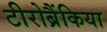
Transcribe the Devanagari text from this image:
टीरोब्रैंकिया